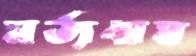
মর্ত্যধাম